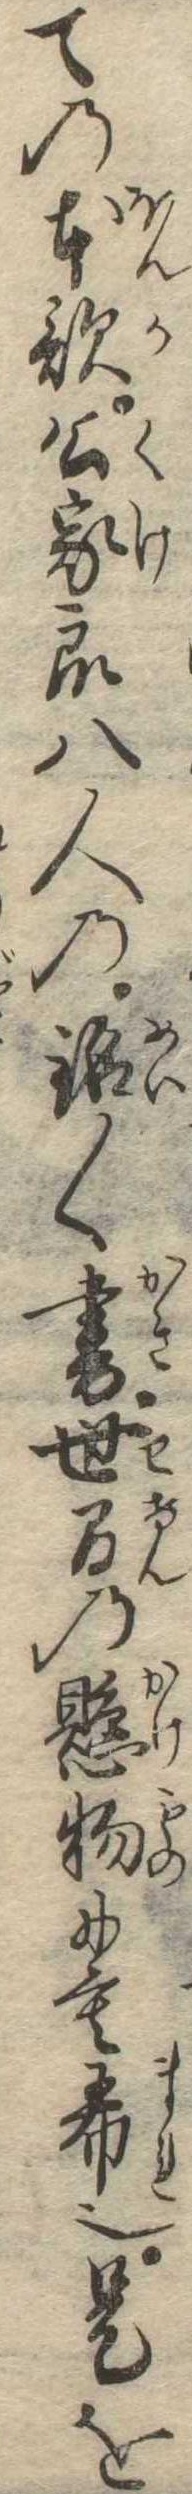
ての本歌公家衆八人の銘〱書世間の懸物にも希也是を